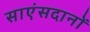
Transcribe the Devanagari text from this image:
साएंसदानों